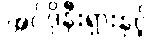
အင်ဒိုနီးရှားနှင့်